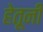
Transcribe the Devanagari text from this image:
हेतूनी